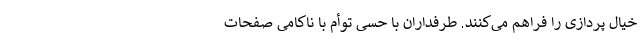
خیال پردازی را فراهم می‌کنند. طرفداران با حسی توأم با ناکامی صفحات